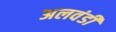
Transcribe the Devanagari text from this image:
अलवंडी